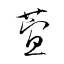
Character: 萓